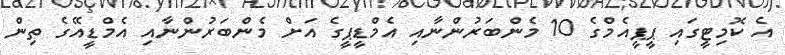
އެ ކޮމިޓީގައި ޕީޕީއެމްގެ 10 މެންބަރުންނާއި އެމްޑީޕީގެ އަށް މެންބަރުންނާއި އެމްޑީއޭގެ ތިން